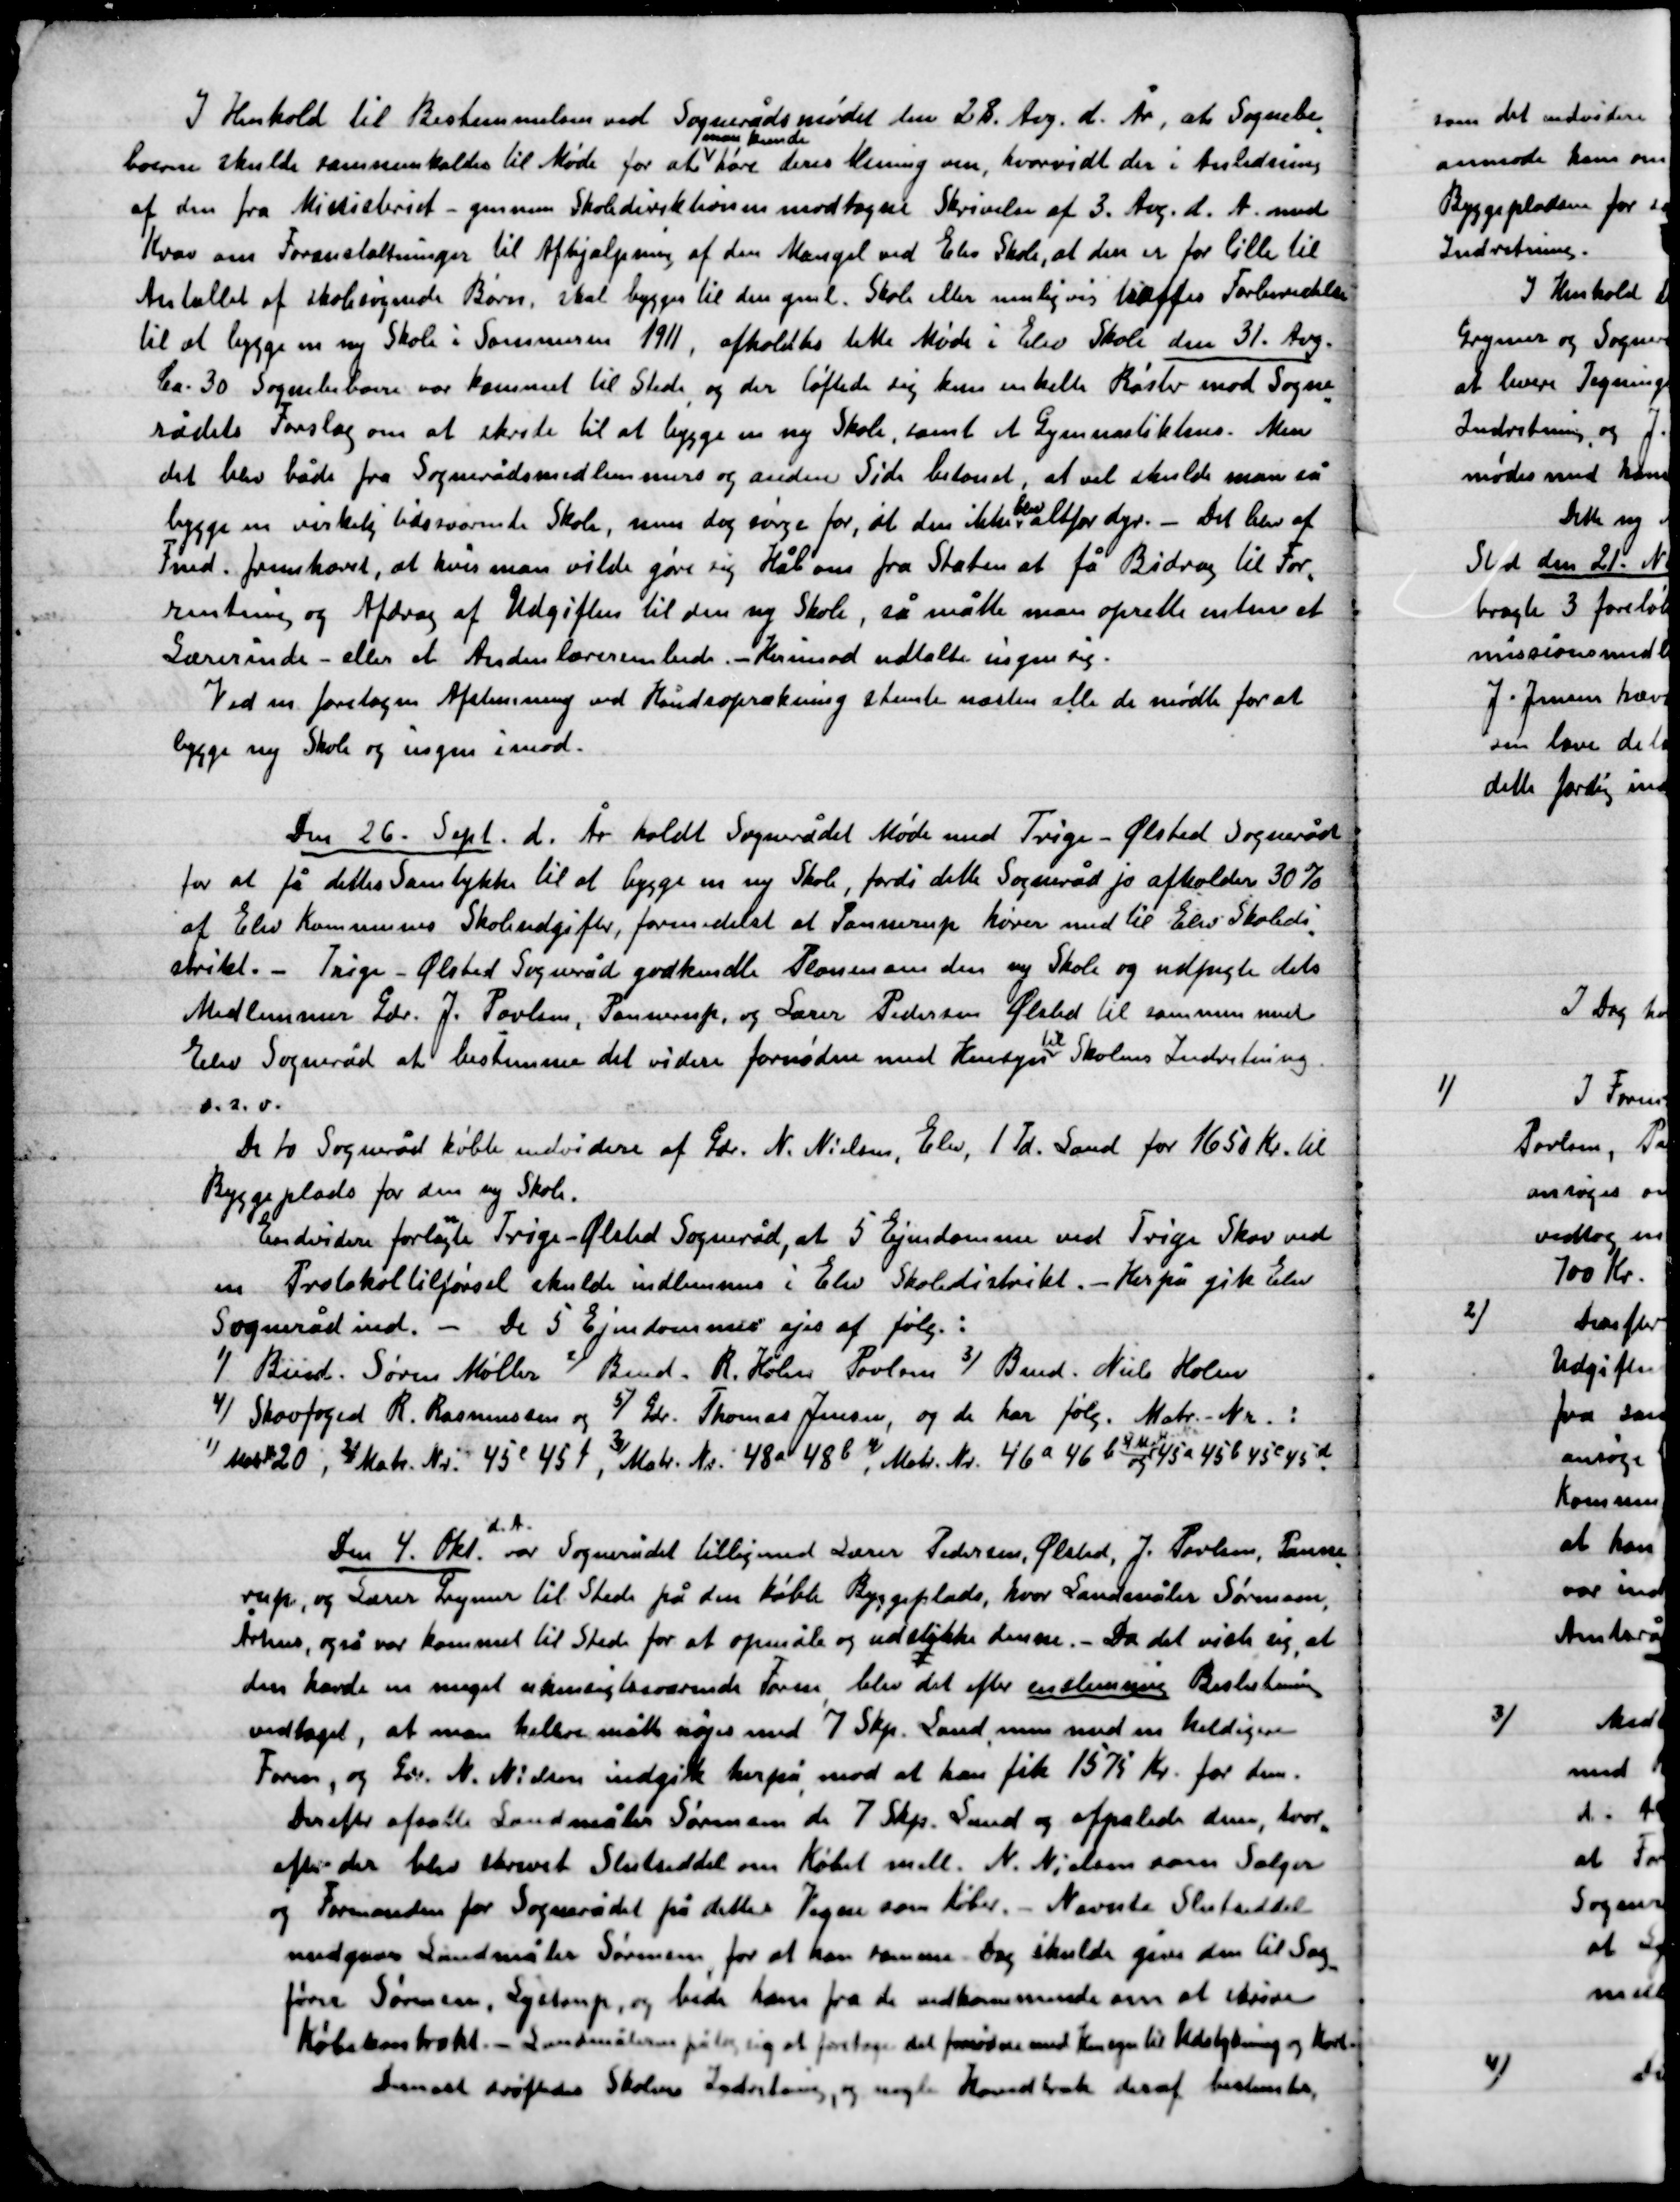
Transskription:
I Henhold til Bestemmelser ved Sognerådets mødet den 28 Aug. d. År, at Sognebe-
boerne skulde sammenkaldes til Møde for at
man kunde
høre deres Mening om, hvorvidt der i Anledning
af den fra Ministeriet – gennem Skoledirektionen modtagne Skrivelse af 3. Aug. d. A. med
Krav om Foranstaltninger til Afhjælpning af den Mangel ved Elev Skole, at den er for lille til
Antallet af skolesøgende Børn, skal bygges til den gml. Skole eller muligvis træffe Forberedelse
til at bygge en ny skole i Sommeren 1911, afholdtes dette Møde i Elev Skole den 31. Aug.
Ca. 30 Sognebørn var kommet til Stede, og der løftede sig kun enkelte Røster mod Sogne-
rådets Forslag om at skride til at bygge en ny Skole, samt et Gymnastikhus. Men
det blev både fra Sognerådsmedlemmer og anden Side bestemt, at vil skulle man så
bygge en virkelig tilsvarende Skole, men dog sørge for, at den ikke blev alt for dyr. - Det blev af
Fmd. fremkomst, at hvis man vilde gøre sig Håb om fra Staten at få Bidrag til For-
retning og Afdrag af Udgiften til den ny Skole, så måtte man oprette enten et
Lærerinde- eller et Anden lærerembede – hvorimod udtalte ingen sig.
Ved en foretagen Afstemning ved Håndsoprækning stemte næsten alle de mødte for at
bygge ny Skole og ingen imod.

Den 26. Sept. d. År holdt Sognerådet Møde med Trige-Ølsted Sogneråd
for at få dettes Samtykke til at bygge en ny Skole, fordi dette Sogneråd jo afholder 30 %
af Elev Kommunens Skole udgifter, formedelst at Pannerup hører med Elev Skoledi-
strikt. – Trige-Ølsted Sogneråd Sogneråd godkendte Planen om den og Skole og udspurgte dets
Medlemmer Gdr. J. Poulsen, Pannerup, og Lærer Pedersen Ølsted til sammen med
Elev Sogneråd at bestemme det videre fornøden med Hensyn
til
Skolens Indretning
o.s.v.
De to Sogneråd købte endvidere af Gdr. N. Nielsen, Elev, 1 Td. Sand for 1650 Kr. til
Byggeplads for den ny Skole.
Endvidere forlangte Trige-Ølsted Sogneråd, at 5 Ejendomme ved Trige Skov ved
en Protokol tilførsel skude indlemmes i Elev Skoledistrikt. – Herpå gik Elev
Sogneråd ind. – De 5 Ejendomme ejes af følg.:
1) Bmd Søren Møller 2) Bmd. R. holm Poulsen 3) Bmd. Niels Holm
4) Skovfoged R. Rasmussen og 5) Gdr. Thomas Jensen, og de her følg. Matr. Nr.,
1) Mart. Nr. 20, 2) Matr. Nr. 45e 45f 3) Matr. Nr. 48a 48b, Matr. Nr. 46a 46b og 9 Matr. Nr. 45a 45b

Den 4. Okt.
d. A.
var Sognerådet tillige med Lærer Pedersen Ølsted, J. Poulsen, Panne-
rup og Lærer Grymer til Stede på den købte Byggeplads, hvor Landmåler Sørensen,
Århus også var kommet til Stede for at opmåle og udstikke denne. – Da det viste sig, at
den havde en meget ukunstigværende Form, blev det efter enstemmig Beslutning
vedtaget, at man hellere måtte nøjes med 7 Skp. Land men med en heldigere
Form, og Gdr. N. Nielsen indgik herpå mod at han fik 1575 Kr. for den.
Derefter afsatte Landmåler Sørensen de 7 Skp. Land og afpasse dem hvor-
efter der blev skrevet Slutseddel om Købt mell. N. Nielsen som Sælger
og Formanden og Sognerådet på dette dets Vegne som køber. – Nævnte Slutseddel
medgav Landmåler Sørensen, for at samme Dag skulde give den til Sag-
føre Sørensen, Lystrup., og bede ham fra de vedkommende om at skrive
Købekontrakt. – Landmåler på lagde sig et foretage det fornødne med Hensyn til Udstykning og Kort
Derefter drøftedes Skolens Indretning, og nogle Hovedtræk deraf bestemtes